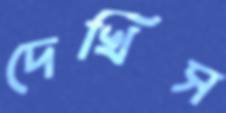
দেখিস